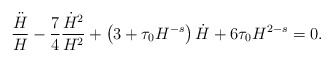
\begin{align*}\frac{\ddot H}{H} - \frac74 \frac{\dot H^2}{H^2} + \left( 3 +\tau_0 H^{-s} \right) \dot H + 6 \tau_0 H^{2-s} = 0. \end{align*}